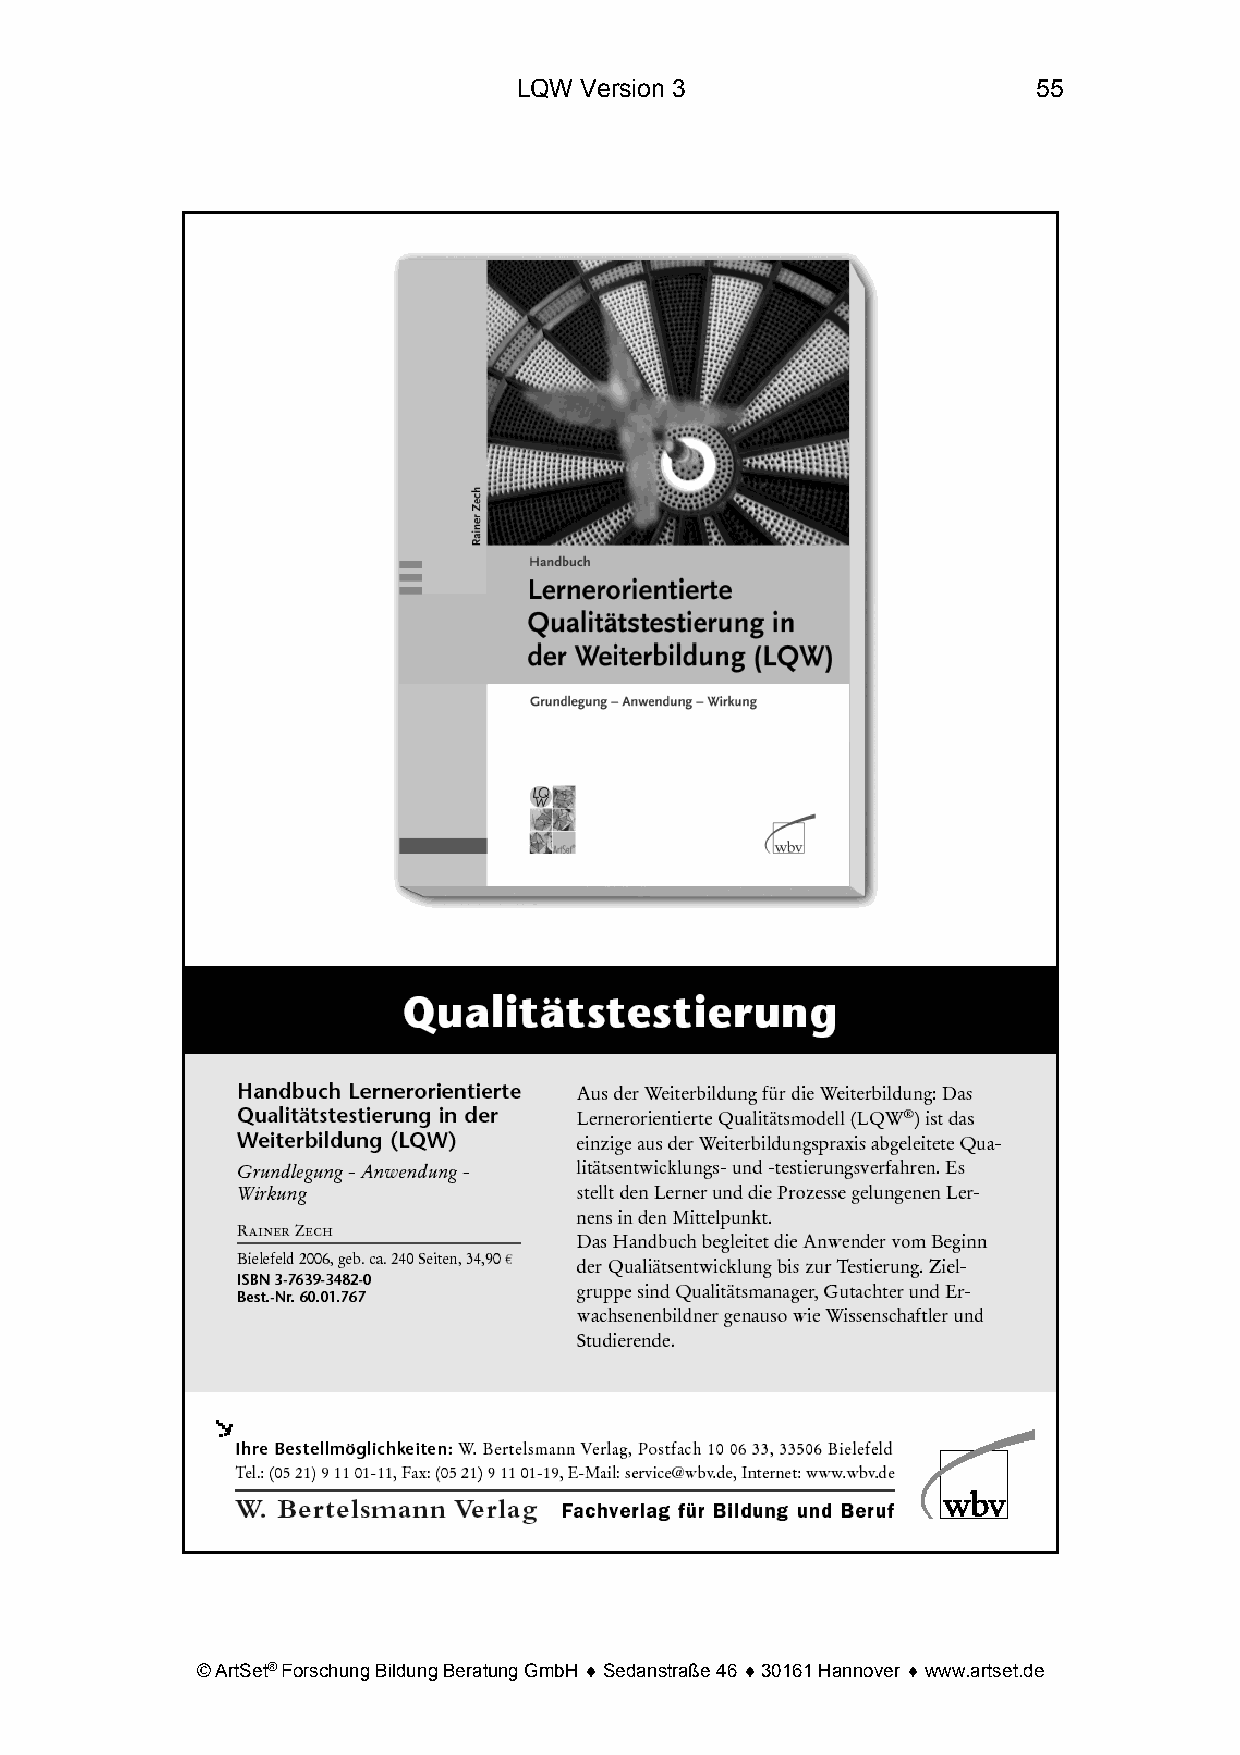
LQW Version 3                      55
 © ArtSet® Forschung Bildung Beratung GmbH ♦ Sedanstraße 46 ♦ 30161 Hannover ♦ www.artset.de